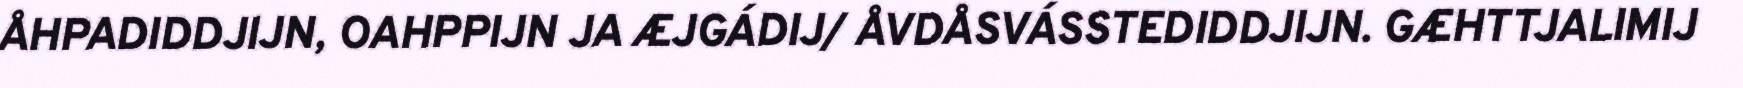
ÅHPADIDDJIJN, OAHPPIJN JA ÆJGÁDIJ/ ÅVDÅSVÁSSTEDIDDJIJN. GÆHTTJALIMIJ